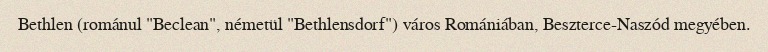
Bethlen (románul "Beclean", németül "Bethlensdorf") város Romániában, Beszterce-Naszód megyében.